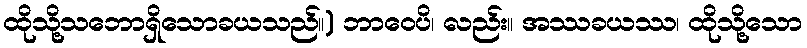
ထိုသို့သဘောရှိသောခယသည်။) ဘာဝေပိ၊ လည်း။ အဿခယဿ၊ ထိုသို့သော